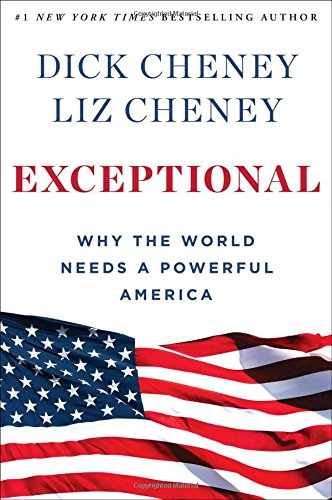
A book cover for Exceptional: Why the World Needs a Powerful America; Dick Cheney; Politics & Social Sciences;